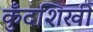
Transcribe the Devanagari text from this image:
कुँदशिखी